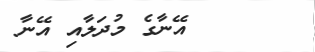
٢       އޭނާގެ މުދަލާއި އޭނާ